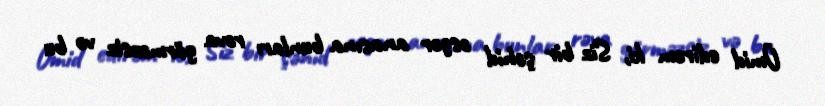
Ümid edirəm ki, Siz bir şəhid əsgər anasına bunları rəva görməzsiz və bu